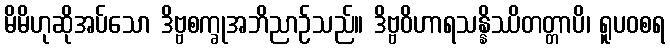
မိမိဟုဆိုအပ်သော ဒိဗ္ဗစက္ခုအဘိညာဉ်သည်။ ဒိဗ္ဗဝိဟာရသန္နိဿိတတ္တာပိ၊ ရူပဝစရ